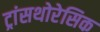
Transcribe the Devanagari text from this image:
ट्रांसथोरेसिक